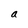
Character: a